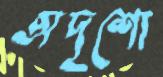
অদৃশ্যে